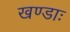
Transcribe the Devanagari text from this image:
खण्डाः